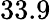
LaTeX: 33.9